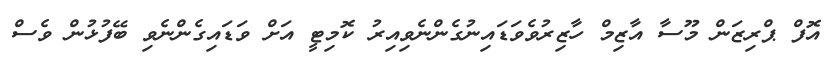
އޮފް ޕްރިޒަން މޫސާ އާޒިމް ހާޒިރުވެވަޑައިނުގެންނެވިއިރު ކޮމިޓީ އަށް ވަޑައިގެންނެވި ބޭފުޅުން ވެސް